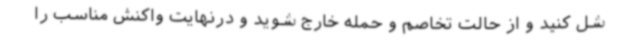
شل کنید و از حالت تخاصم و حمله خارج شوید و درنهایت واکنش مناسب را